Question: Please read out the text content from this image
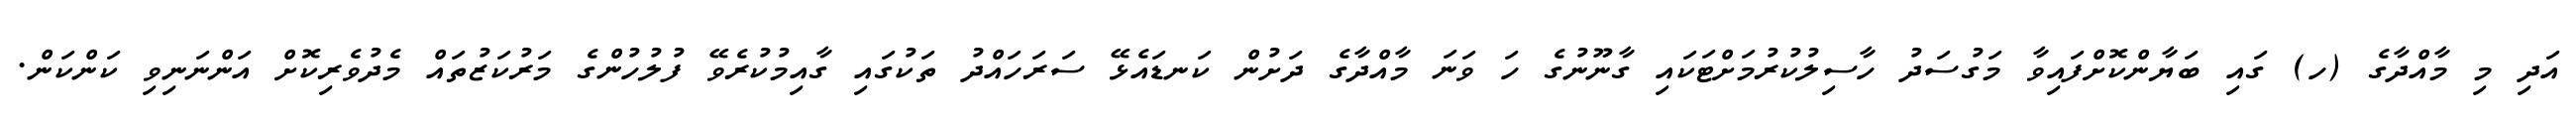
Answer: އަދި މި މާއްދާގެ (ހ) ގައި ބަޔާންކޮށްފައިވާ މަގުސަދު ހާސިލުކުރުމަށްޓަކައި ގާނޫނުގެ ހަ ވަނަ މާއްދާގެ ދަށުން ކަނޑައެޅޭ ސަރަހައްދު ތަކުގައި ގާއިމުކުރެވޭ ފުލުހުންގެ މަރުކަޒުތައް މެދުވެރިކޮށް އަންނަނިވި ކަންކަން.